Indian journal of veterinary science and animal husbandry - Volume 10,
Year: 1940
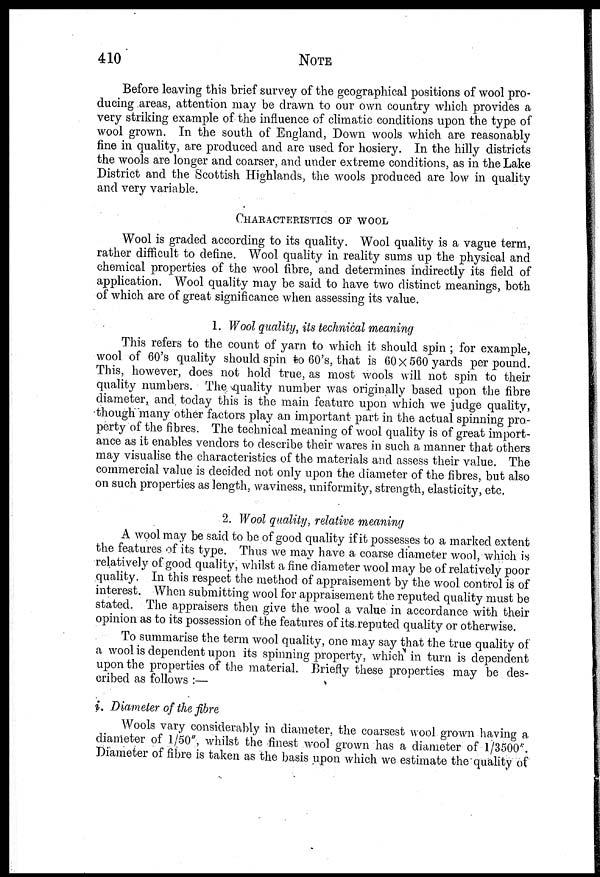
410 NOTE
Before leaving this brief survey of the geographical positions of wool pro-
ducing areas, attention may be drawn to our own country which provides a
very striking example of the influence of climatic conditions upon the type of
wool grown. In the south of England, Down wools which are reasonably
fine in quality, are produced and are used for hosiery. In the hilly districts
the wools are longer and coarser, and under extreme conditions, as in the Lake
District and the Scottish Highlands, the wools produced are low in quality
and very variable.
CHARACTERISTICS OF WOOL
Wool is graded according to its quality. Wool quality is a vague term,
rather difficult to define. Wool quality in reality sums up the physical and
chemical properties of the wool fibre, and determines indirectly its field of
application. Wool quality may be said to have two distinct meanings, both
of which are of great significance when assessing its value.
1. Wool quality, its technical meaning
This refers to the count of yarn to which it should spin ; for example,
wool of 60's quality should spin to 60's, that is 60×560 yards per pound.
This, however, does not hold true, as most wools will not spin to their
quality numbers. The quality number was originally based upon the fibre
diameter, and. today this is the main feature upon which we judge quality,
though many other factors play an important part in the actual spinning pro-
perty of the fibres. The technical meaning of wool quality is of great import-
ance as it enables vendors to describe their wares in such a manner that others
may visualise the characteristics of the materials and assess their value. The
commercial value is decided not only upon the diameter of the fibres, but also
on such properties as length, waviness, uniformity, strength, elasticity, etc.
2. Wool quality, relative meaning
A wool may be said to be of good quality if it possesses to a marked extent
the features of its type. Thus we may have a coarse diameter wool, which is
relatively of good quality, whilst a fine diameter wool may be of relatively poor
quality. In this respect the method of appraisement by the wool control is of
interest. When submitting wool for appraisement the reputed quality must be
stated. The appraisers then give the wool a value in accordance with their
opinion as to its possession of the features of its reputed quality or otherwise.
To summarise the term wool quality, one may say that the true quality of
a wool is dependent upon its spinning property, which in turn is dependent
upon the properties of the material. Briefly these properties may be des-
cribed as follows :—
i. Diameter of the fibre
Wools vary considerably in diameter, the coarsest wool grown having a
diameter of 1/50", whilst the finest wool grown has a diameter of 1/3500*.
Diameter of fibre is taken as the basis upon which we estimate the quality of